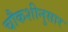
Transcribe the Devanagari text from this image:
चौकशीनुसार